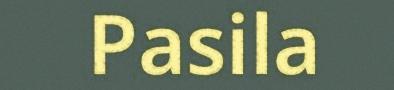
Pasila